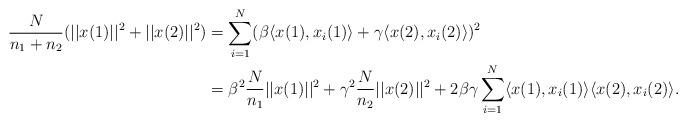
LaTeX: \begin{align*} \frac N {n_1+n_2} (||x(1)||^2 + ||x(2)||^2) &= \sum\limits_{i=1}^N (\beta \langle x(1),x_i(1)\rangle + \gamma \langle x(2),x_i(2)\rangle)^2 \\ &= \beta^2 \frac N {n_1} ||x(1)||^2 + \gamma^2 \frac N {n_2} ||x(2)||^2 +2\beta\gamma \sum\limits_{i=1}^N \langle x(1),x_i(1)\rangle \langle x(2),x_i(2)\rangle. \end{align*}